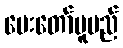
ပေးတော်မူမည်